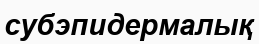
субэпидермалық